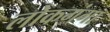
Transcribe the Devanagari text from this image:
लोकगंगा